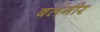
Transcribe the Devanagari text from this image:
बलंगीर